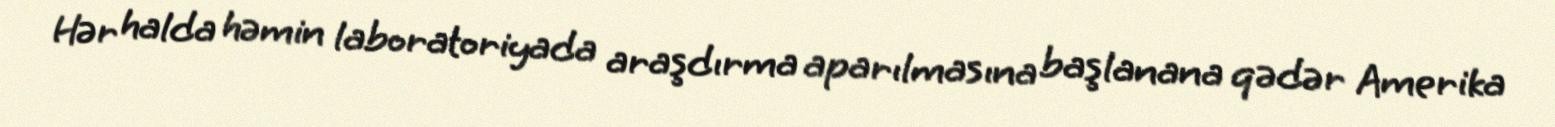
Hər halda həmin laboratoriyada araşdırma aparılmasına başlanana qədər Amerika